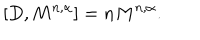
\lbrack D , M ^ { n , \alpha } ] = n M ^ { n , \alpha } .